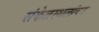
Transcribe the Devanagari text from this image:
संकेतस्थलांवर